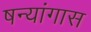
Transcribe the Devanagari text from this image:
षन्यांगास